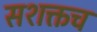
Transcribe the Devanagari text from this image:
सशक्तच